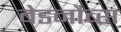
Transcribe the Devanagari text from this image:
बेडनौब्स